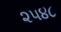
૨૫૪૮